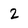
Character: 2